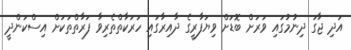
އަދި ޖާގަ ދިނުމުގައި ވަރަށް ބޮޑަށް ވިޔަފާރީގެ ދާއިރާގައި ހަރަކާތްތެރިވާ ފަރާތްތަކަށް އިސްކަންދީ